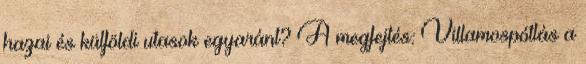
hazai és külföldi utasok egyaránt? A megfejtés: Villamospótlás a